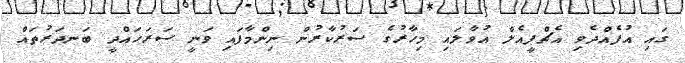
ގައި އުފެއްދެވި އެޗްޕީއެލް އުވާލައި މިހާރުގެ ސަރުކާރުން ނިންމާފައި ވަނީ ސަރަހައްދީ ބަނދަރުތައް